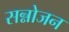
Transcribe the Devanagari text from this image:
सन्नोजन